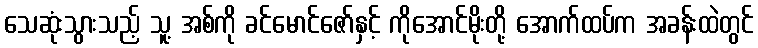
သေဆုံးသွားသည့် သူ့ အစ်ကို ခင်မောင်ဇော်နှင့် ကိုအောင်မိုးတို့ အောက်ထပ်က အခန်းထဲတွင်